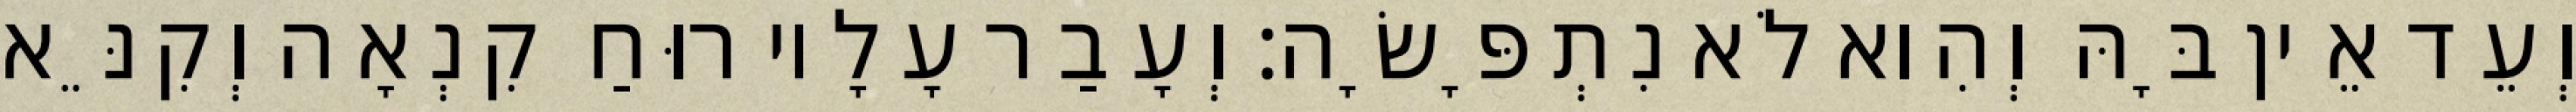
וְעֵד אֵין בָּהּ וְהִוא לֹא נִתְפָּשָׂה׃ וְעָבַר עָלָיו רוּחַ קִנְאָה וְקִנֵּא